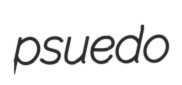
psuedo